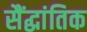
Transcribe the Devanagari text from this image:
सैंद्धांतिक